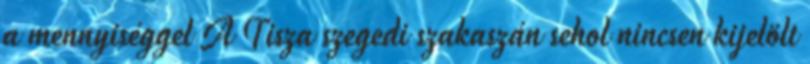
a mennyiséggel A Tisza szegedi szakaszán sehol nincsen kijelölt